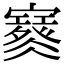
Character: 𡫮